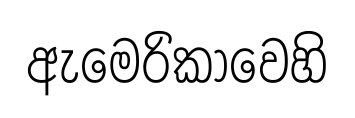
ඇමෙරිකාවෙහි